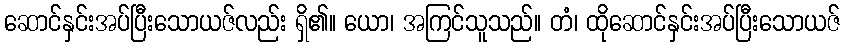
ဆောင်နှင်းအပ်ပြီးသောယဇ်လည်း ရှိ၏။ ယော၊ အကြင်သူသည်။ တံ၊ ထိုဆောင်နှင်းအပ်ပြီးသောယဇ်